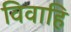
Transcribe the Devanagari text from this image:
विवाहि